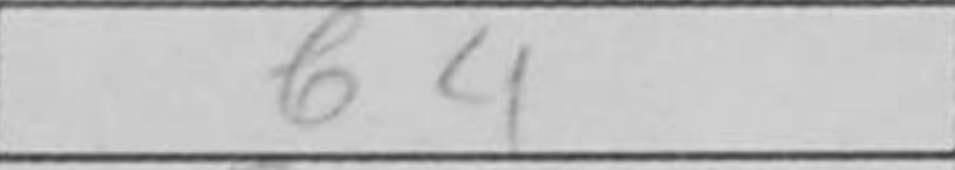
Transcription: b4